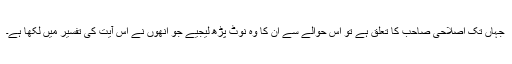
جہاں تک اصلاحی صاحب کا تعلق ہے تو اس حوالے سے ان کا وہ نوٹ پڑھ لیجیے جو انھوں نے اس آیت کی تفسیر میں لکھا ہے۔